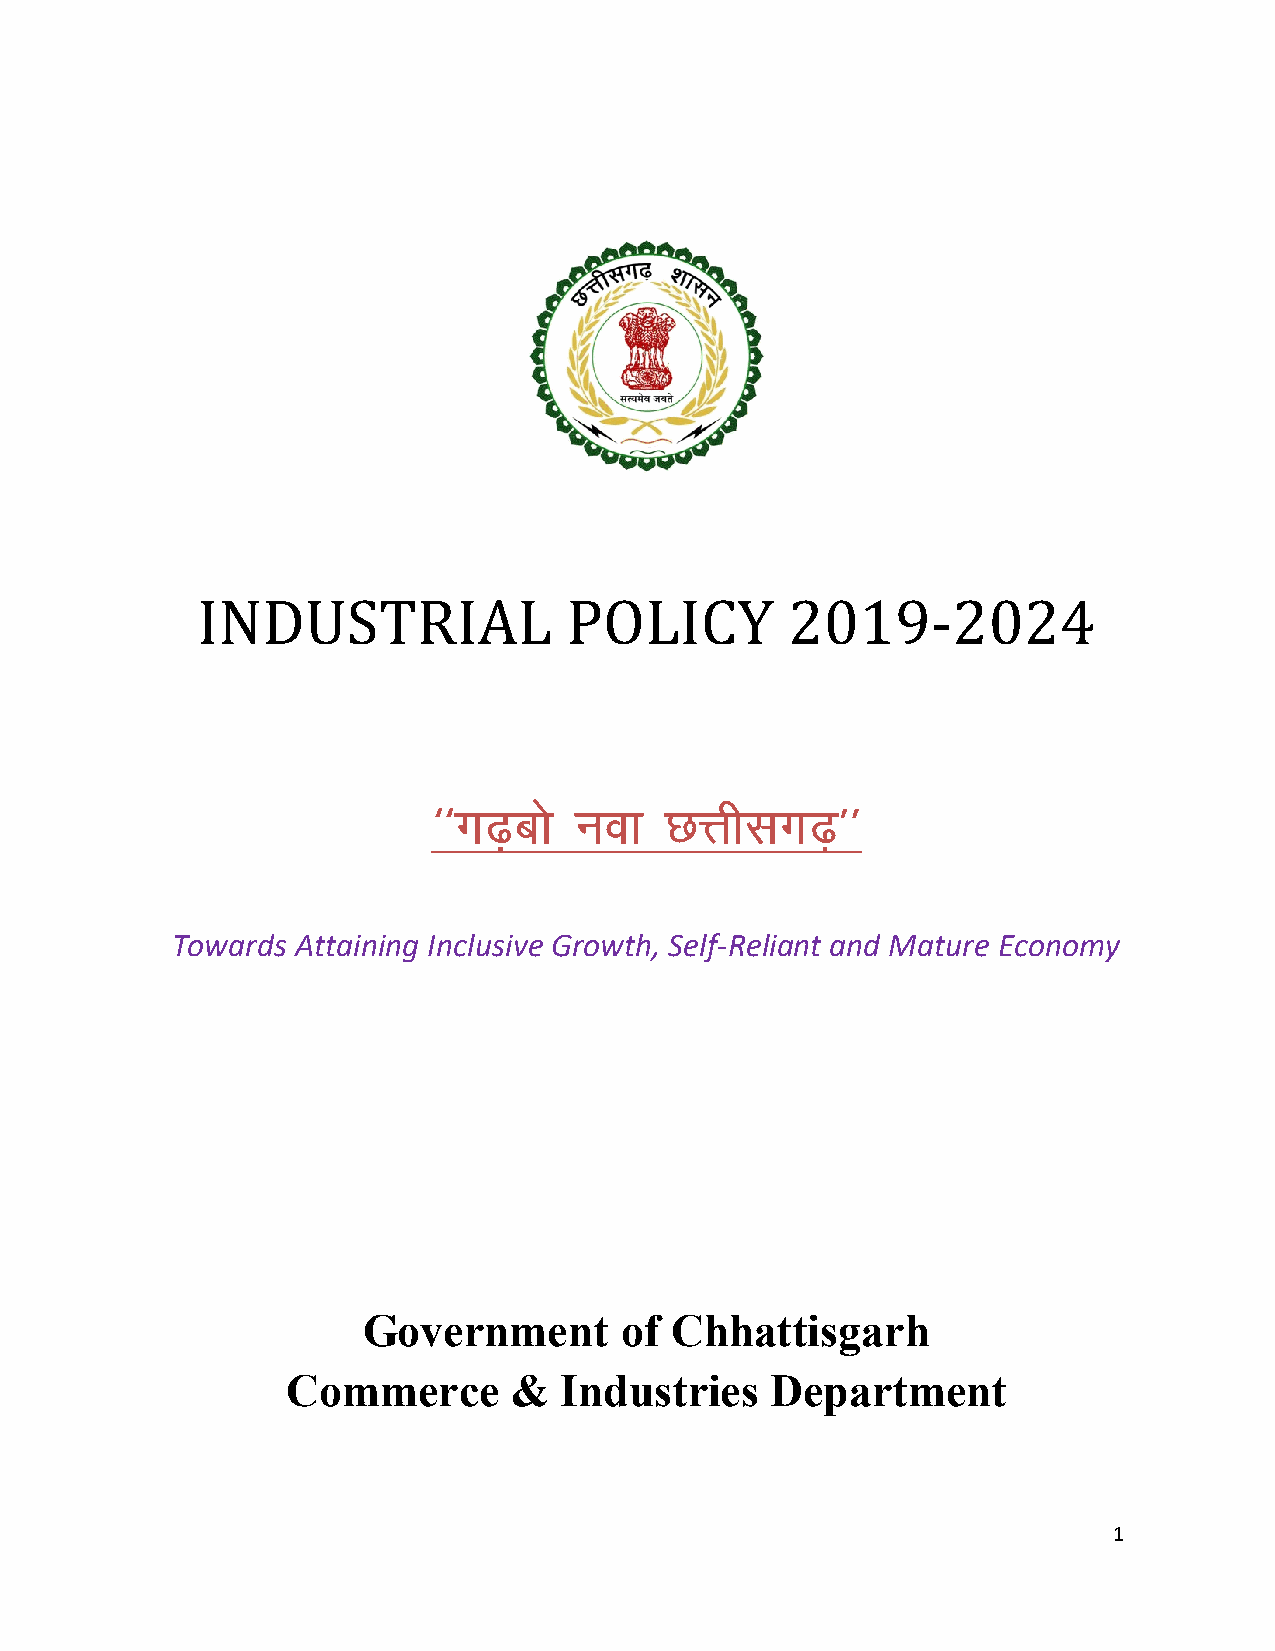
INDUSTRIAL               POLICY        2019-2024
 ^^x<+cks uok   NÙkhlx<+**
 Towards  Attaining Inclusive Growth, Self-Reliant and Mature Economy
 Government       of Chhattisgarh
 Commerce       &  Industries    Department
 1